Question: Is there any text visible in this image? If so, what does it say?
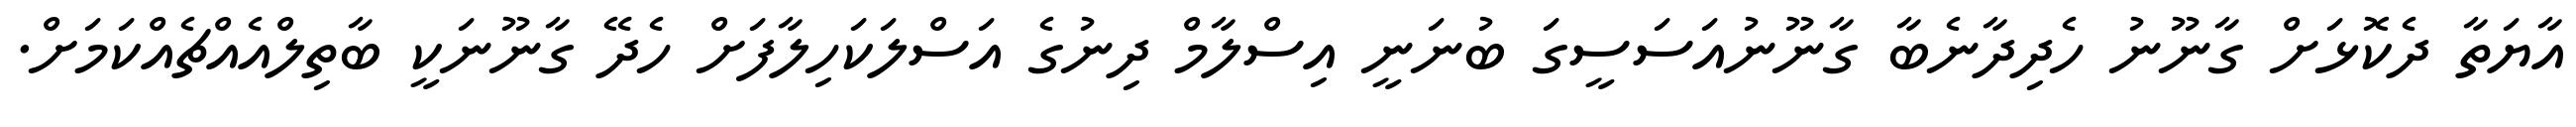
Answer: އާޔަތާ ދެކޮޅަށް ގާނޫނު ހެދިދާނެބާ ގާނޫނުއަސަސީގަ ބުނަނީ އިސްލާމް ދިނުގެ އަސްލަކަހިލާފަށް ހެދޭ ގާނޫނަކީ ބާތިލްއެއްޗެއްކަމަށް.